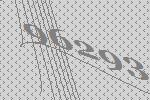
96293